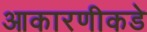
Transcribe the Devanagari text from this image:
आकारणीकडे